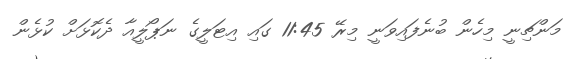
މަންޗިނީ މިހެން ބުނެފައިވަނީ މިރޭ 11:45 ގައި އިޓަލީގެ ނަޕޯލީއާ ދެކޮޅަށް ކުޅެން